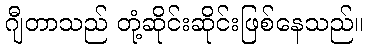
ဂျီတာသည် တုံ့ဆိုင်းဆိုင်းဖြစ်နေသည်။